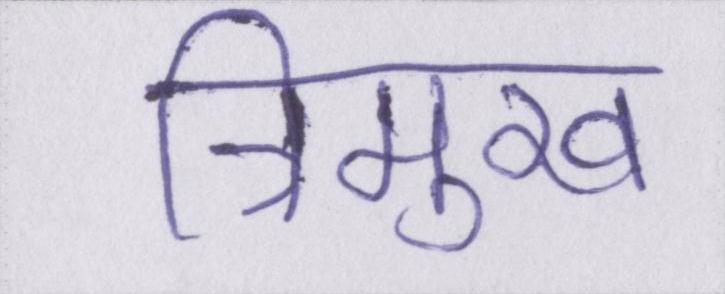
त्रिमुख